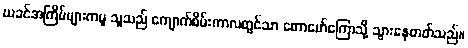
ယခင်အကြိမ်များကမူ သူသည် ကျောက်စိမ်းကာလတွင်သာ တောမော်ကြောသို့ သွားနေတတ်သည်။